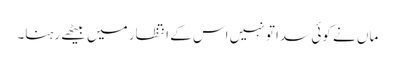
ماں نے کوئی سدا تو نہیں اس کے انتظار میں بیٹھے رہنا۔